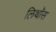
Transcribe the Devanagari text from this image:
लिथॉस